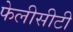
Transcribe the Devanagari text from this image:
फेलीसीटी